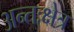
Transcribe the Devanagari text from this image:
अन्तःक्षेत्र